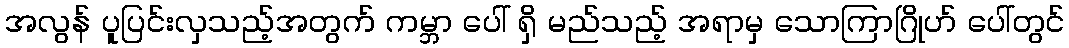
အလွန် ပူပြင်းလှသည့်အတွက် ကမ္ဘာ ပေါ် ရှိ မည်သည့် အရာမှ သောကြာဂြိုဟ် ပေါ်တွင်